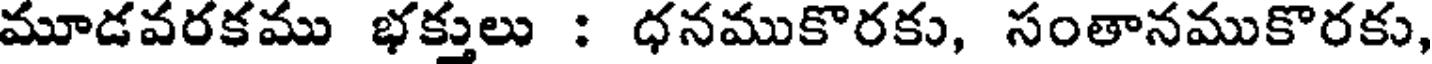
మూడవరకము భక్తులు : ధనముకొరకు, సంతానముకొరకు,